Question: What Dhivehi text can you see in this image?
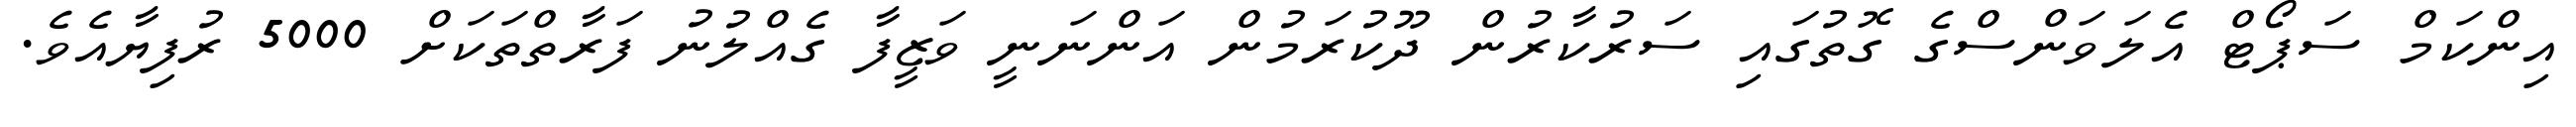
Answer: އިންކަމް ސަޕޯޓް އެލަވަންސްގެ ގޮތުގައި ސަރުކާރުން ދޫކުރަމުން އަންނަނީ ވަޒީފާ ގެއްލުނު ފަރާތްތަކަށް 5000 ރުފިޔާއެވެ.